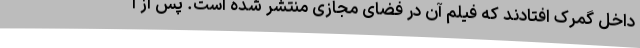
داخل گمرک افتادند که فیلم آن در فضای مجازی منتشر شده است. پس از ا